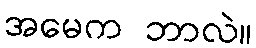
အမေက ဘာလဲ။